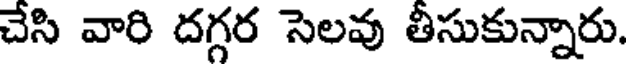
చేసి వారి దగ్గర సెలవు తీసుకున్నారు.